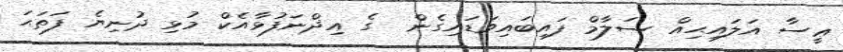
ޢީސާ އަލައިޙިއް ސަލާމް ފައިބައިވަޑައިގެން  ގެ އިޛްނަފުޅާއެކް މުޅި ދުނިޔެ ފަތަޙަ